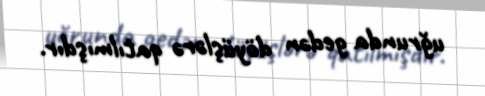
uğrunda gedən döyüşlərə qatılmışdır.